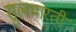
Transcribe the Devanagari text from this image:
सुलभारती